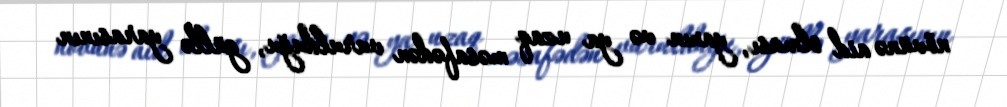
növünə aid olması, yaxın və ya uzaq məsafədən vurulduğu, güllə yarasının